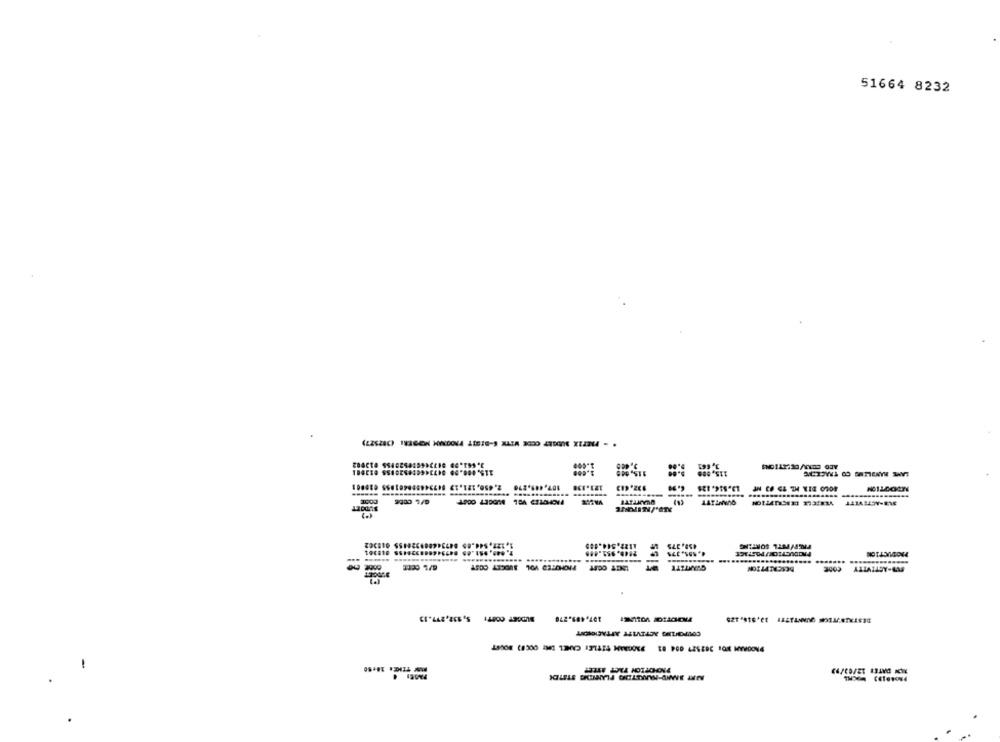
51664 8232
..... ......
....
... ...
BUDGET COMT: 5, 532,277.13
COUPONING ACTIVITY ATTACHCIENT
MON DATE: 12/03/93